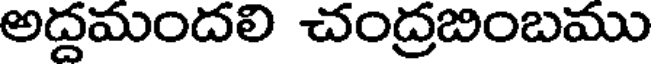
అద్దమందలి చంద్రబింబము